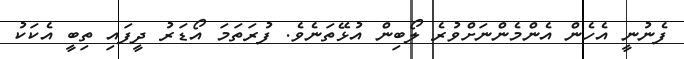
ފެނުނީ އެހެން އެންމެންނަށްވުރެ ލޯބިން އުޅޭތަނެވެ. ފުރަތަމަ އޯޑަރު ދީފައި ތިބީ އެކަކު